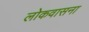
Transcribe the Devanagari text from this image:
लोकवासना